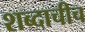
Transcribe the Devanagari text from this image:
शब्दाचीच